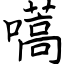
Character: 嚆